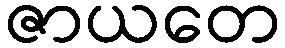
ဇာယတေ